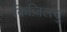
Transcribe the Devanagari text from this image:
किज़िलसु